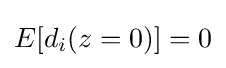
E[d_{i}(z=0)]=0